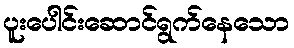
ပူးပေါင်းဆောင်ရွက်နေသော